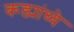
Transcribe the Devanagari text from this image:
कड्यांध्ये